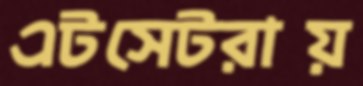
এটসেটরায়